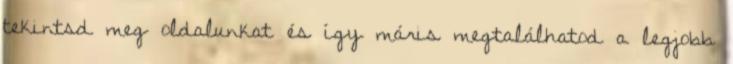
tekintsd meg oldalunkat és így máris megtalálhatod a legjobb